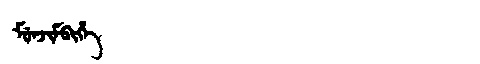
Manchu: ᠮᡠᠨᠵᡳᠮᠪᡳᡥᡝ
Romanization: MUNJIMBIHE